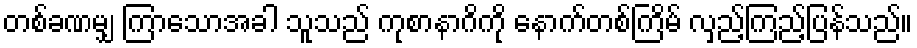
တစ်ခဏမျှ ကြာသောအခါ သူသည် ကုစာနာဂိကို နောက်တစ်ကြိမ် လှည့်ကြည့်ပြန်သည်။